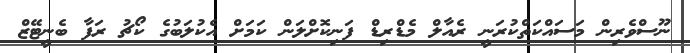
ނޫސްވެރިން މަސައްކަތްކުރަނީ ރެއާލް މެޑްރިޑް ފަނިކޮށްލަން ކަމަށް އެކުލަބުގެ ކޯޗު ރަފާ ބެނީޓޭޒް